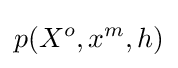
p(X^{o},x^{m},h)